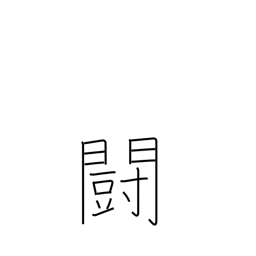
Meaning: war